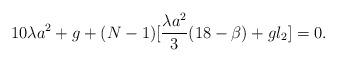
LaTeX: \begin{align*}10\lambda a^2 +g + (N-1) [\frac{\lambda a^2}3(18-\beta)+ g l_2]= 0.\end{align*}